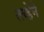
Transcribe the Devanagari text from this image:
त्त्य्हेने